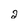
Character: 2